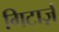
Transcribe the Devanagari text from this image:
गिटार्ज़